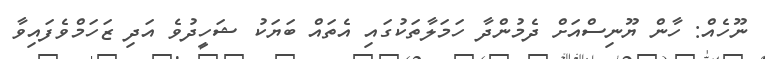
ނޫހެއް: ހާން ޔޫނިސްއަށް ދެމުންދާ ހަމަލާތަކުގައި އެތައް ބަޔަކު ޝަހީދުވެ އަދި ޒަހަމްވެފައިވާ